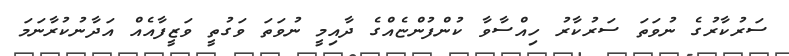
ސަރުކާރުގެ ނުވަތަ ސަރުކާރު ހިއްސާވާ ކުންފުންޏެއްގެ ދާއިމީ ނުވަތަ ވަގުތީ ވަޒީފާއެއް އަދާނުކުރާނަމަ